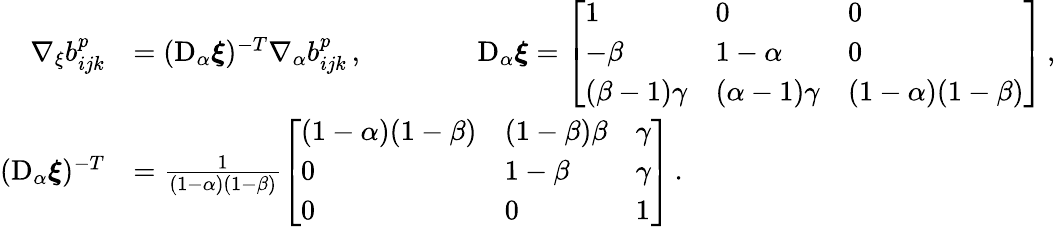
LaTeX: \begin{array}{rl}{\nabla_{\xi}b_{ijk}^{p}}&{=(\mathrm{D}_{\alpha}\boldsymbol{\xi})^{-T}\nabla_{\alpha}b_{ijk}^{p}\, ,\qquad\qquad\mathrm{D}_{\alpha}\boldsymbol{\xi}=\left[\begin{array}{lll}{1}&{0}&{0}\\ {-\beta}&{1-\alpha}&{0}\\ {(\beta-1)\gamma}&{(\alpha-1)\gamma}&{(1-\alpha)(1-\beta)}\end{array}\right]\, ,}\\ {(\mathrm{D}_{\alpha}\boldsymbol{\xi})^{-T}}&{=\frac{1}{(1-\alpha)(1-\beta)}\left[\begin{array}{lll}{(1-\alpha)(1-\beta)}&{(1-\beta)\beta}&{\gamma}\\ {0}&{1-\beta}&{\gamma}\\ {0}&{0}&{1}\end{array}\right]\, .}\end{array}